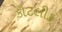
કૌટલીક